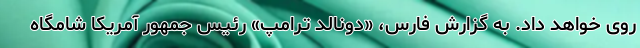
روی خواهد داد. به گزارش فارس، «دونالد ترامپ» رئیس جمهور آمریکا شامگاه